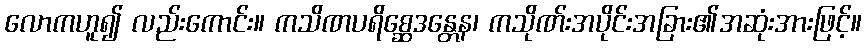
လောကဟူ၍ လည်းကောင်း။ ကသိဏပရိစ္ဆေဒန္တေန၊ ကသိုဏ်းအပိုင်းအခြား၏အဆုံးအားဖြင့်။